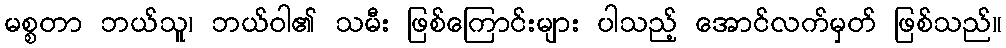
မစ္စတာ ဘယ်သူ၊ ဘယ်ဝါ၏ သမီး ဖြစ်ကြောင်းများ ပါသည့် အောင်လက်မှတ် ဖြစ်သည်။